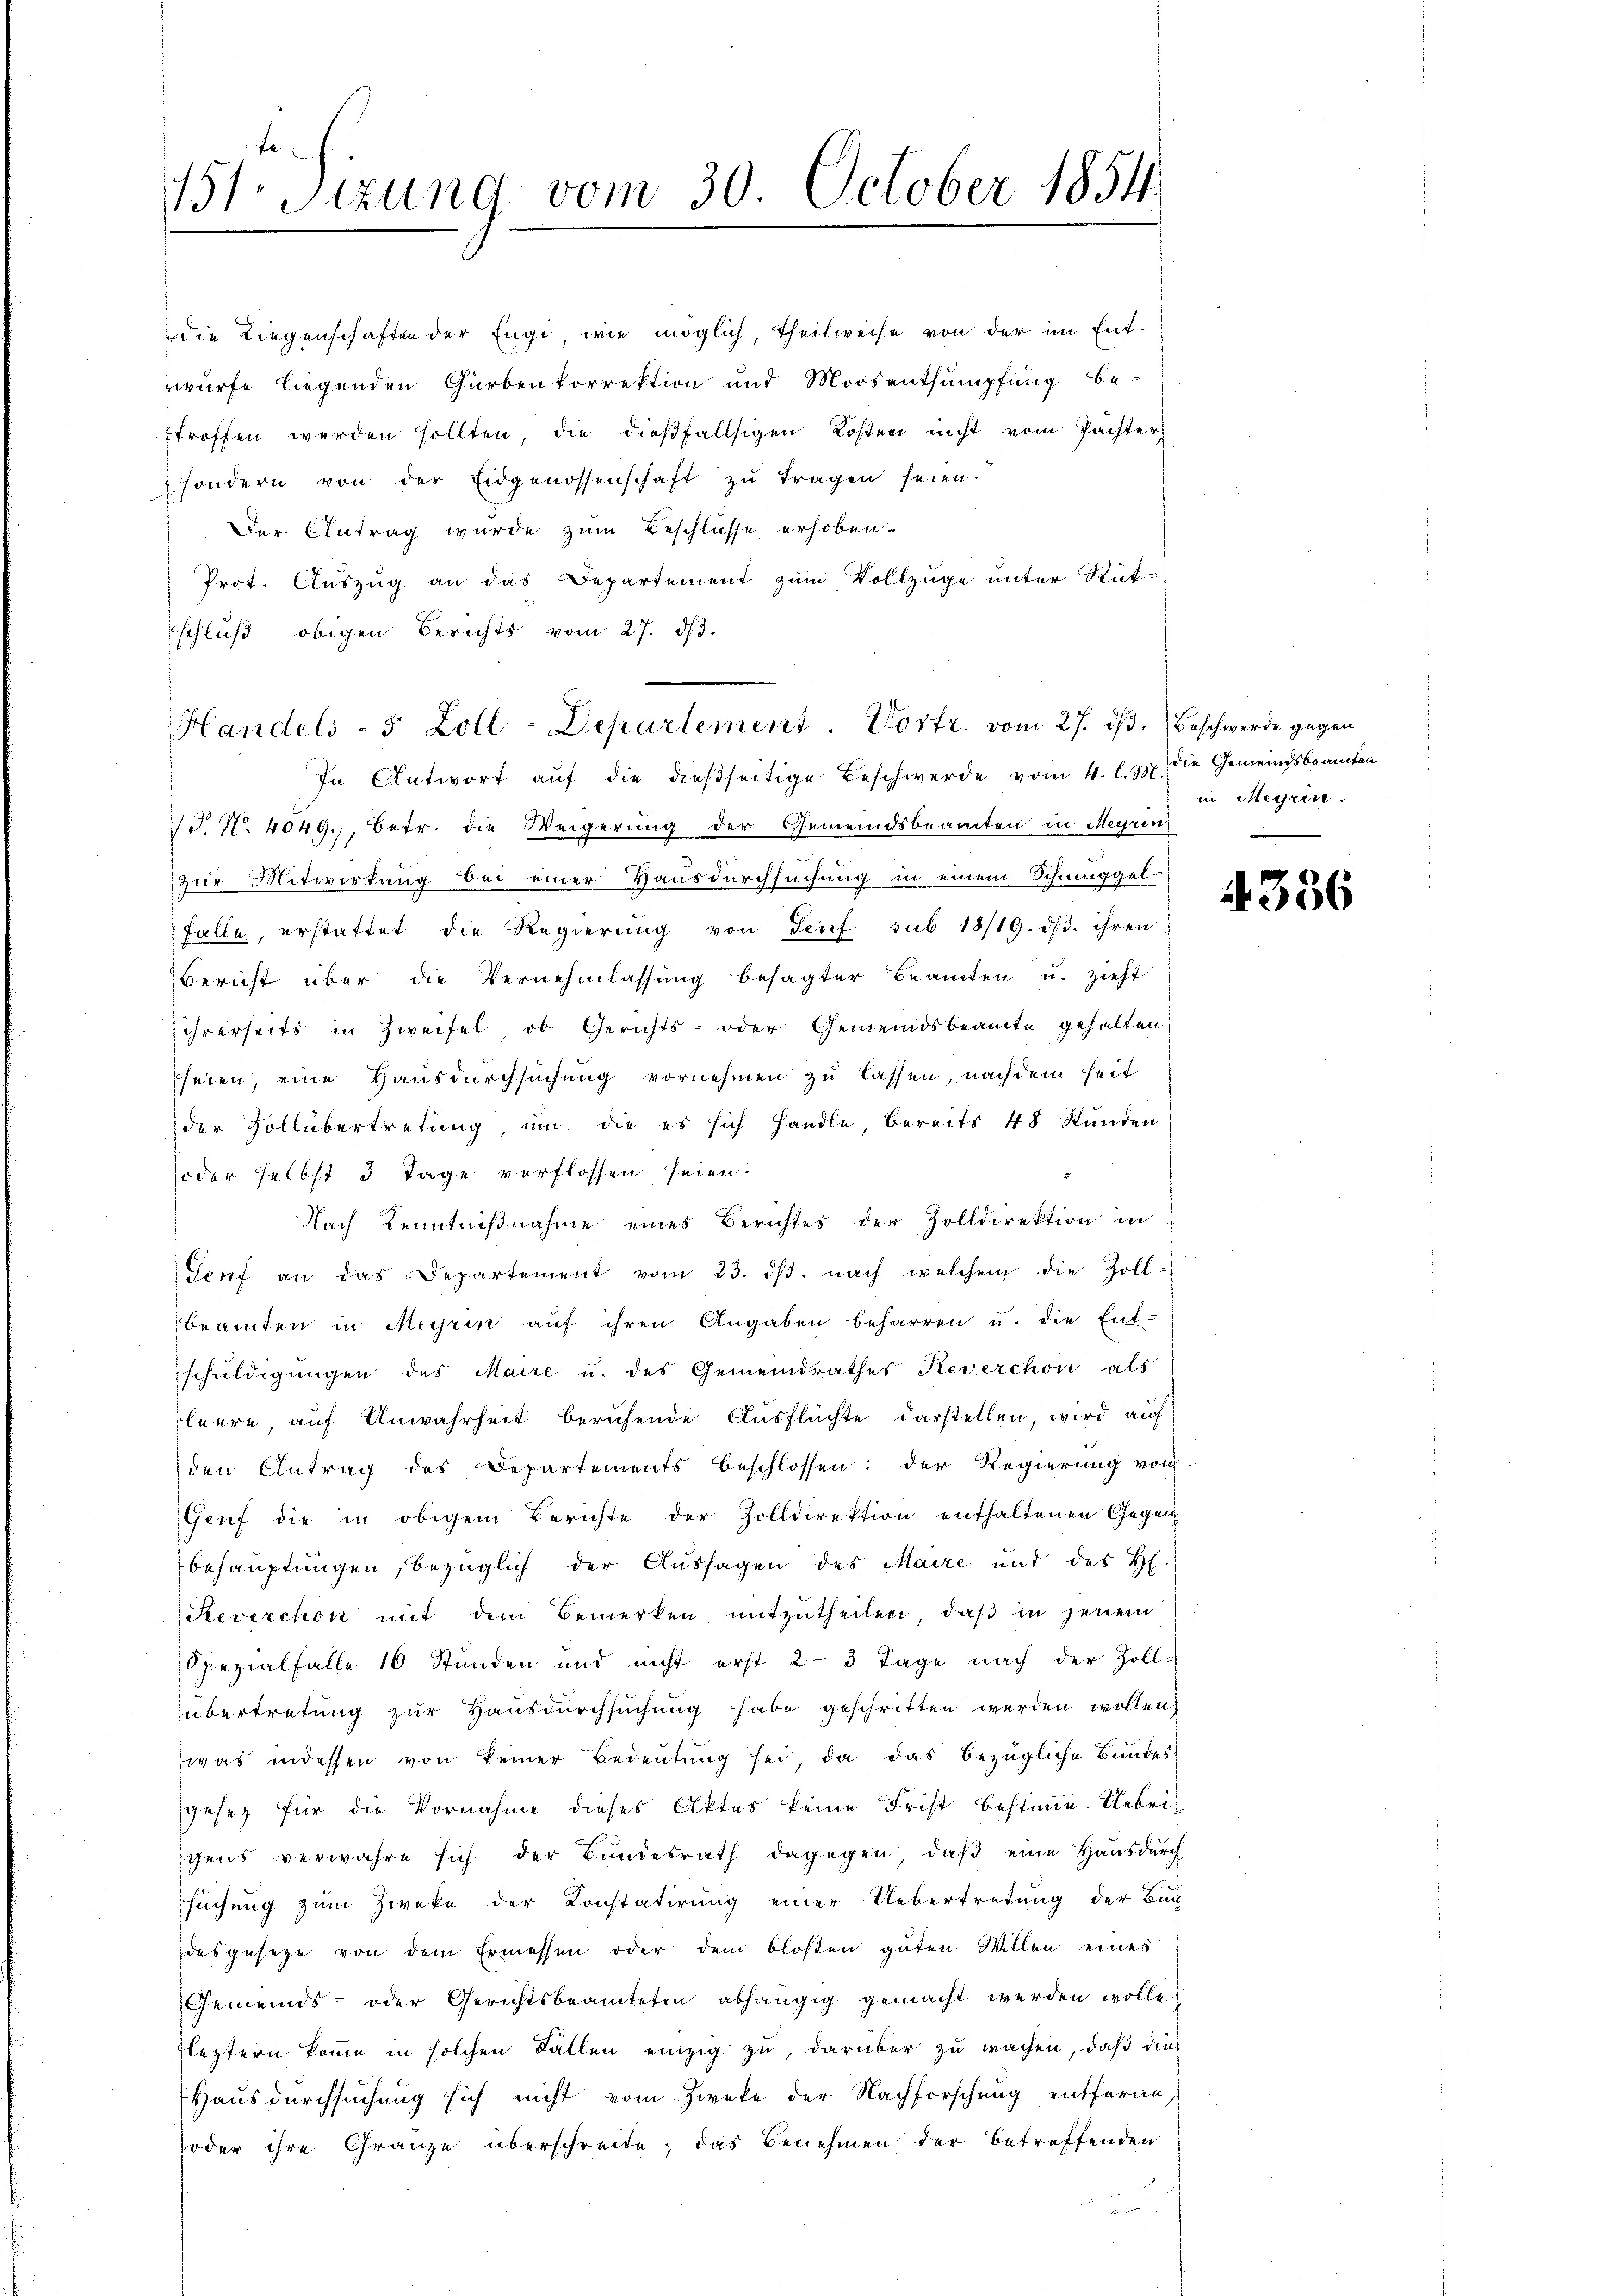
die Liegenschaften der Engi wie möglich, theilweise von der im Entwürfe liegenden Gürbenkorrektion und Moosentsumpfung be
troffen werden sollten, die dieβfallsigen Kosten nicht vom Pachter
sondern von der Eidgenossenschaft zŭ tragen seien.
Der Antrag wurde zum Beschlüsse erhoben.
Prot. Auszug an das Departement zum Vollzüge unter Rück-
schluß obigen Berichts vom 27. ds.
In Antwort aŭf die dießseitige Beschwerde vom 4. l. Js. die Gemeindsbeamten
T. N. 4049., betr. die Weigerung der Gemeindsbeamten in Meyrin
zur Mitwirkung bei einer Hausdurchsuchung in einem Schmuggel-
Falle, erstattet die Regierŭng von Seif sub 18/19. dβ. ihren
Bericht über die Vernehmlassung besagter Beamten u. zieht
ihrerseits in Zweifel, ob Gerichts- oder Gemeindsbeamte gehalten,
seien, eine Hausdurchsuchung vornehmen zu lassen, nachdem seit
der Vollübertretung, um die es sich handle, bereits 48 Stunden
oder selbst 3 Tage verflossen seien.
Nach Kenntnißnahme eines Berichtes der Zolldirektion in
Genf an das Departement vom 23. dβ. nach welchem die Zoll-
beamten in Meyrin aŭf ihren Angaben beharren u. die Ent-
schŭldigungen des Maire u. des Gemeindrathes Reverchon als
leere auf Anwahrheit beruhende Ausflüchte darstellen, wird auf
den Antrag des Departements beschlossen: der Regierung von
Genf die in obigem Berichte der Zolldirektion enthaltenen Gegen
behauptungen, bezüglich der Aussagen des Maire und des H.
Reverchon mit dem Bemerken mitzŭtheilen, daβ in jenem
Spezialfalle 16 Stunden und nicht erst 2-3 Tage nach der Zoll-
übertretung zur Hausdurchsuchung habe geschritten werden wollen,
was indessen von keiner Bedeutung sei, da das bezügliche Bundesgesetz für die Vornahme dieses Aktes keine Frist bestimme. Uebrichens verwahre sich der Bŭndesrath dagegen, daβ eine Haŭsdŭrch
suchung zum Zweke der Konstatirung einer Uebertretung der Buch
desgeseze von dem Ermessen oder dem bloßen guten Willen eines
Gemeinds- oder Gerichtsbeamteten abhängig gemacht werden wolle;
Fleztern komme in solchen Fällen einzig zu, darüber zu wachen, daß die
Hausdurchsuchung sich nicht vom Zweke der Nachforschung entferne,
oder ihre Gränze überschreite, das Benehmen der betreffenden

131 Sizung vom 30. October 1854.

Handels- 5 Zoll-Departement. Vortr. vom 27. dβ. Beschwerde gegen

in Meyrin.

386